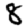
Digit: 8